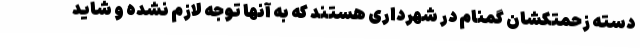
دسته زحمتکشان گمنام در شهرداری هستند که به آنها توجه لازم نشده و شاید